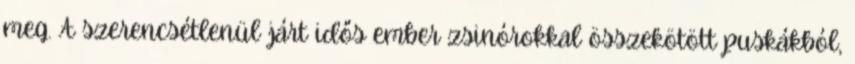
meg. A szerencsétlenül járt idős ember zsinórokkal összekötött puskákból,